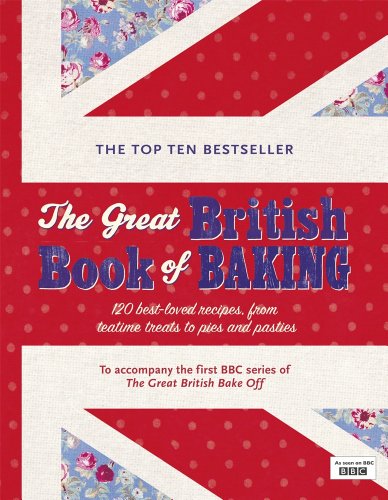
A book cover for The Great British Book of Baking; Linda Collister; Cookbooks, Food & Wine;